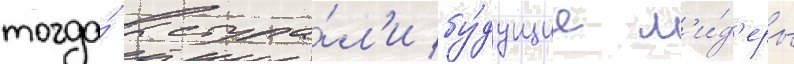
тогда́ выступа́л'и бу́дущие л'и́д'еры